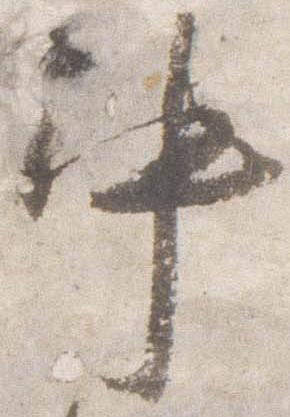
中